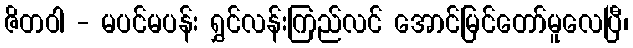
ဇိတဝါ - မပင်မပန်း ရွှင်လန်းကြည်လင် အောင်မြင်တော်မူလေပြီ၊